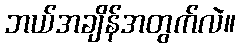
ဘယ်အချိန်အတွက်လဲ။